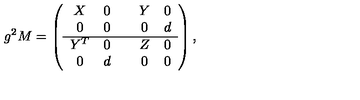
g ^ { 2 } M = \left( \begin{array} { c c c c c } { X } & { 0 } & { \vline } & { Y } & { 0 } \\ { 0 } & { 0 } & { \vline } & { 0 } & { d } \\ \hline { Y ^ { T } } & { 0 } & { \vline } & { Z } & { 0 } \\ { 0 } & { d } & { \vline } & { 0 } & { 0 } \\ \end{array} \right) ,